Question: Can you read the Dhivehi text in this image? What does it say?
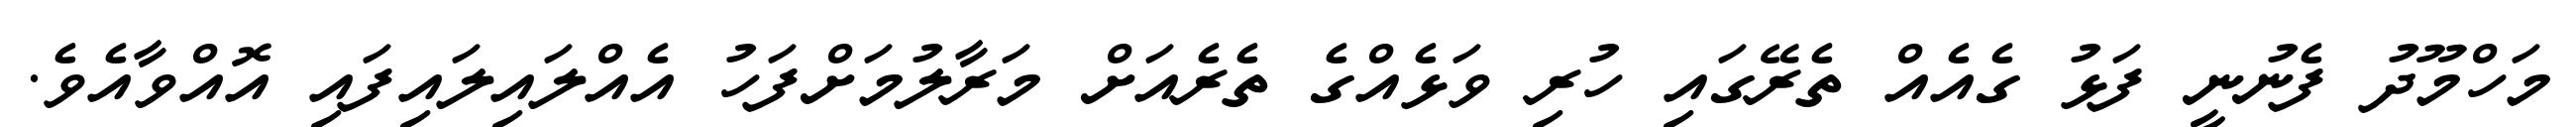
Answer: މަހްމޫދު ފެނުނީ ފަޅު ގެއެއް ތެރޭގައި ހުރި ވަޅެއްގެ ތެރެއަށް މަރާލުމަށްފަހު އެއްލައިލައިފައި އޮއްވާއެވެ.